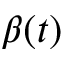
\beta ( t )